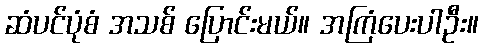
ဆံပင်ပုံစံ အသစ် ပြောင်းမယ်။ အကြံပေးပါဦး။